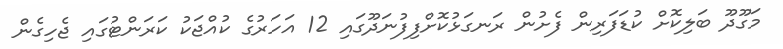
މަގޫދޫ ބަލިކޮށް ކުޑަފަރިން ފެށުން ރަނގަޅުކޮށްފިފުނަދޫގައި 12 އަހަރުގެ ކުއްޖަކު ކަރަންޓުގައި ޖެހިގެން